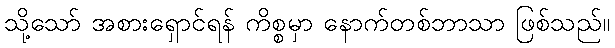
သို့သော် အစားရှောင်ရန် ကိစ္စမှာ နောက်တစ်ဘာသာ ဖြစ်သည်။